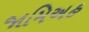
જામિઅહ